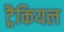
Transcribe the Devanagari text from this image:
ट्रैकियल